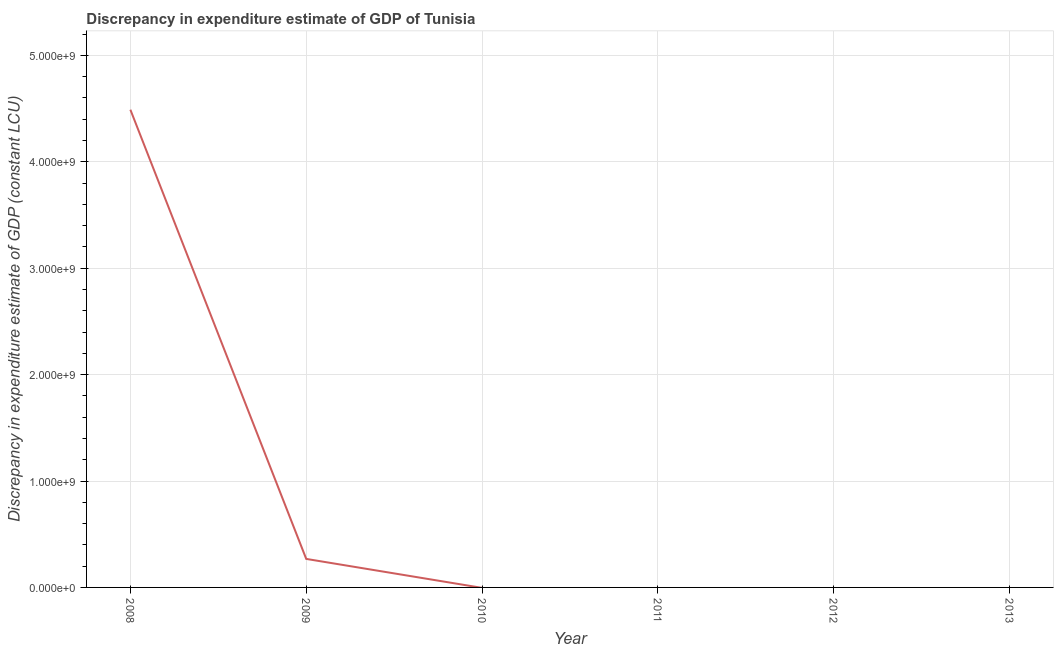
| Year | Discrepancy constant LCU |
 | --- | --- |
 | 2008 | 4.49e+09 |
 | 2009 | 2.68e+08 |
 | 2010 | -4.21e+06 |
 | 2011 | -4.24e+09 |
 | 2012 | -5.85e+09 |
 | 2013 | -1.03e+10 |